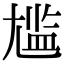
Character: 尴